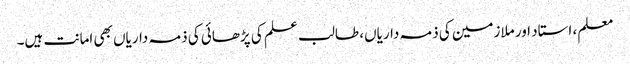
معلم، استاد اور ملازمین کی ذمہ داریاں، طالب علم کی پڑھائی کی ذمہ داریاں بھی امانت ہیں۔